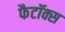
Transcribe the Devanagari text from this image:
फैटॉक्स